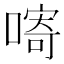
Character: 𱔓